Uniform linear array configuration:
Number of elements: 24
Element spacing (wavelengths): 0.75
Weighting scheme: uniform
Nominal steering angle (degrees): -15
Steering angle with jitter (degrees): -16.096
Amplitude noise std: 0.05
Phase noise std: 0.05

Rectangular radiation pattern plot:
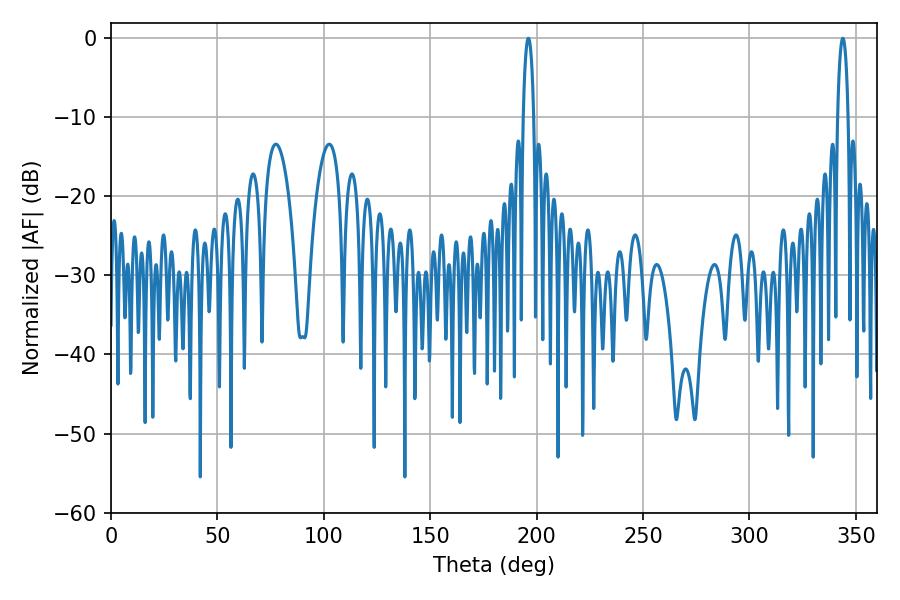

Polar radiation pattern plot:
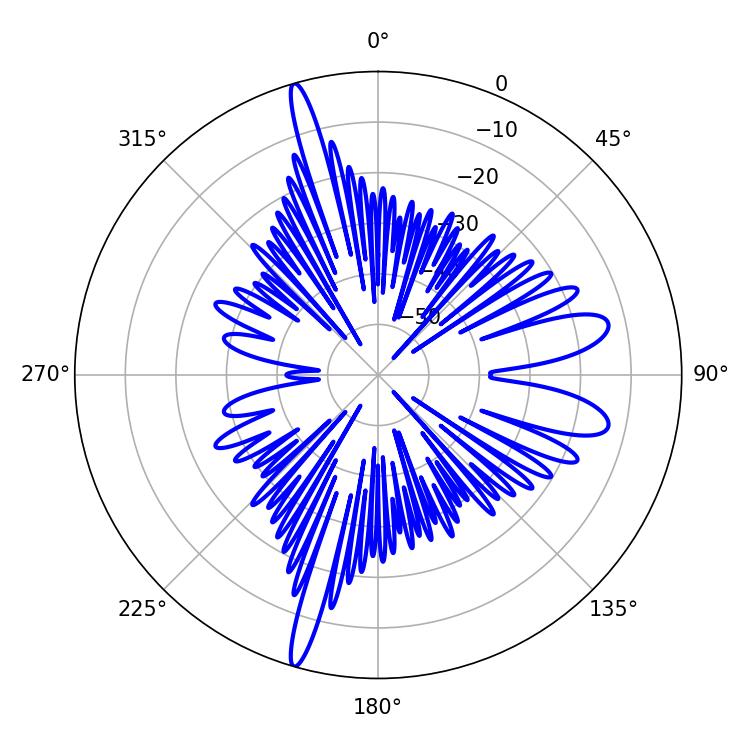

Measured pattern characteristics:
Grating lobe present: TRUE
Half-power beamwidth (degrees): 2.7
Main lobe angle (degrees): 343.8